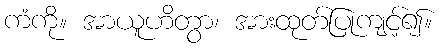
ကံကို။ အာယူဟိတွာ၊ အားထုတ်ပြုကျင့်၍။